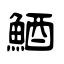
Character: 鯂